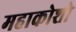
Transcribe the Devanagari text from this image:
महाकोशो